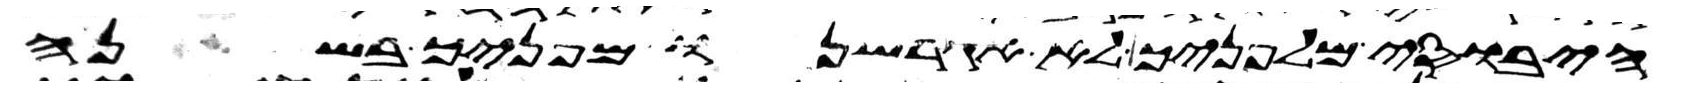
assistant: היבוסי מלפניך לא אגרשנו מפניך בשנה